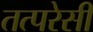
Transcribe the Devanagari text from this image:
तत्परेसी